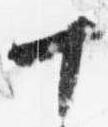
十